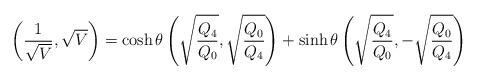
LaTeX: \begin{align*}\left({1\over\sqrt{V}},\sqrt{V}\right)=\cosh\theta \left(\sqrt{Q_4\over Q_0},\sqrt{Q_0\over Q_4}\right)+\sinh\theta \left(\sqrt{Q_4\over Q_0},-\sqrt{Q_0\over Q_4}\right)\end{align*}